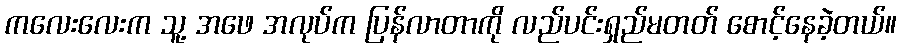
ကလေးလေးက သူ့ အဖေ အလုပ်က ပြန်လာတာကို လည်ပင်းရှည်မတတ် စောင့်နေခဲ့တယ်။